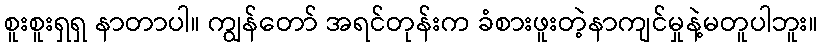
စူးစူးရှရှ နာတာပါ။ ကျွန်တော် အရင်တုန်းက ခံစားဖူးတဲ့နာကျင်မှုနဲ့မတူပါဘူး။